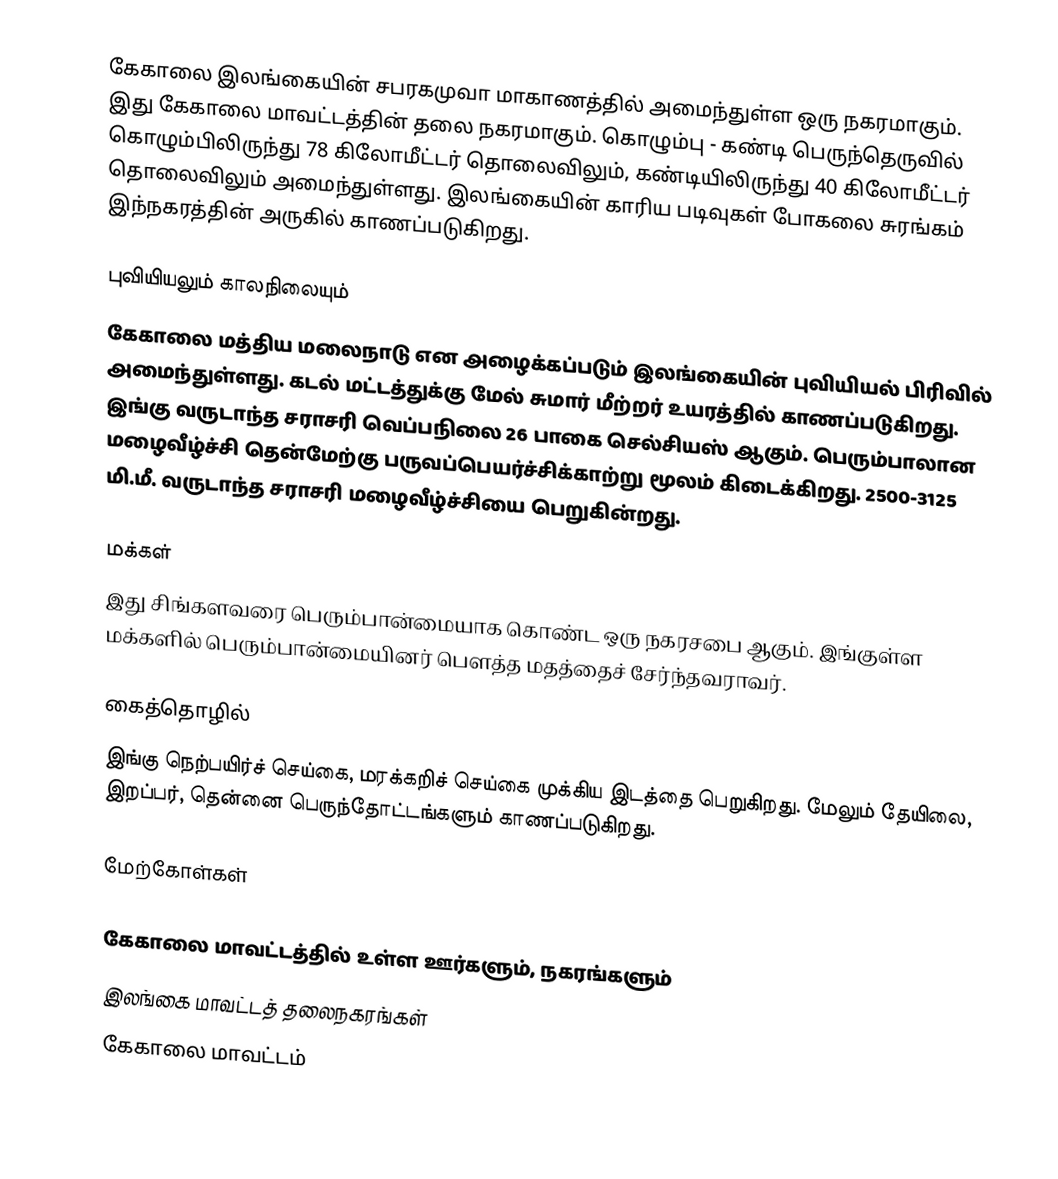
கேகாலை இலங்கையின் சபரகமுவா மாகாணத்தில் அமைந்துள்ள ஒரு நகரமாகும். இது கேகாலை மாவட்டத்தின் தலை நகரமாகும். கொழும்பு - கண்டி பெருந்தெருவில் கொழும்பிலிருந்து 78 கிலோமீட்டர் தொலைவிலும், கண்டியிலிருந்து 40 கிலோமீட்டர் தொலைவிலும் அமைந்துள்ளது. இலங்கையின் காரிய படிவுகள் போகலை சுரங்கம் இந்நகரத்தின் அருகில் காணப்படுகிறது.

புவியியலும் காலநிலையும்
கேகாலை  மத்திய மலைநாடு என அழைக்கப்படும்  இலங்கையின் புவியியல் பிரிவில் அமைந்துள்ளது. கடல் மட்டத்துக்கு மேல் சுமார் மீற்றர்  உயரத்தில் காணப்படுகிறது. இங்கு வருடாந்த சராசரி வெப்பநிலை 26 பாகை செல்சியஸ் ஆகும். பெரும்பாலான மழைவீழ்ச்சி தென்மேற்கு பருவப்பெயர்ச்சிக்காற்று மூலம் கிடைக்கிறது. 2500-3125 மி.மீ. வருடாந்த சராசரி மழைவீழ்ச்சியை பெறுகின்றது.

மக்கள்
இது சிங்களவரை பெரும்பான்மையாக கொண்ட ஒரு நகரசபை ஆகும். இங்குள்ள மக்களில் பெரும்பான்மையினர் பௌத்த மதத்தைச் சேர்ந்தவராவர்.

கைத்தொழில்
இங்கு நெற்பயிர்ச் செய்கை, மரக்கறிச் செய்கை முக்கிய இடத்தை பெறுகிறது. மேலும் தேயிலை, இறப்பர், தென்னை பெருந்தோட்டங்களும் காணப்படுகிறது.

மேற்கோள்கள்

கேகாலை மாவட்டத்தில் உள்ள ஊர்களும், நகரங்களும்
இலங்கை மாவட்டத் தலைநகரங்கள்
கேகாலை மாவட்டம்